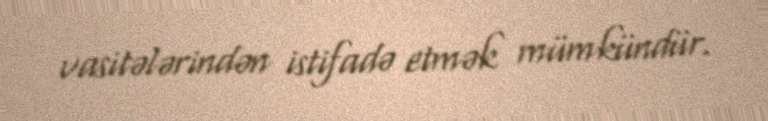
vasitələrindən istifadə etmək mümkündür.